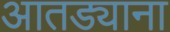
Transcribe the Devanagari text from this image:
आतड्याना